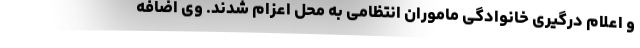
و اعلام درگیری خانوادگی ماموران انتظامی به محل اعزام شدند. وی اضافه